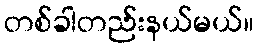
တစ်ခါတည်းနယ်မယ်။